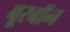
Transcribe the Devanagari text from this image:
बूरबॉन